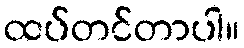
ထပ်တင်တာပါ။